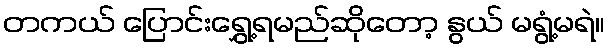
တကယ် ပြောင်းရွှေ့ရမည်ဆိုတော့ နွယ် မရွံ့မရဲ။